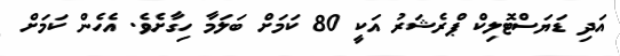
އަދި ޑަޔަސްޓޮލިކް ޕްރެޝަރު އަކީ 80 ކަމަށް ބަލަމާ ހިގާށެވެ. އެހެން ކަމަށް